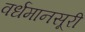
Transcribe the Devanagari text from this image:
वर्धमानसूरी